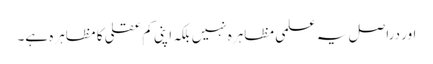
اور دراصل یہ علمی مظاہرہ نہیں بلکہ اپنی کم عقلی کا مظاہرہ ہے۔